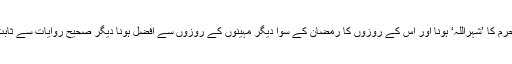
تاہم محرم کا ’شہراللہ‘ ہونا اور اس کے روزوں کا رمضان کے سوا دیگر مہینوں کے روزوں سے افضل ہونا دیگر صحیح روایات سے ثابت ہے۔